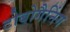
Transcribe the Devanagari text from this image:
टोबोगैनिंग